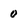
Character: 0